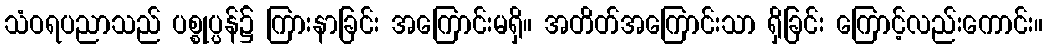
သံဝရပညာသည် ပစ္စုပ္ပန်၌ ကြားနာခြင်း အကြောင်းမရှိ။ အတိတ်အကြောင်းသာ ရှိခြင်း ကြောင့်လည်းကောင်း။